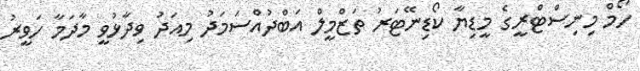
ހޯމް މިނިސްޓްރީގެ މީޑިޔާ ކޯޑިނޭޓަރު ތަޒްމީލް އަބްދުއްސަމަދު މިއަދު ވިދާޅުވީ މާދަމާ ހަވީރު